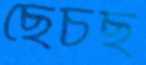
ছেঁচছ